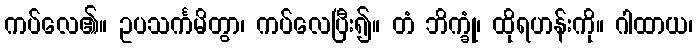
ကပ်လေ၏။ ဥပသင်္ကမိတွာ၊ ကပ်လေပြီး၍။ တံ ဘိက္ခုံ၊ ထိုရဟန်းကို။ ဂါထာယ၊